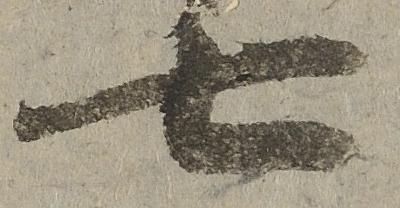
七